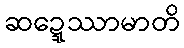
ဆဍ္ဍေဿာမာတိ